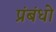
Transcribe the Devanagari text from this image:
प्रंबंधो